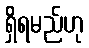
ရှိရမည်ဟု